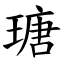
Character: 瑭